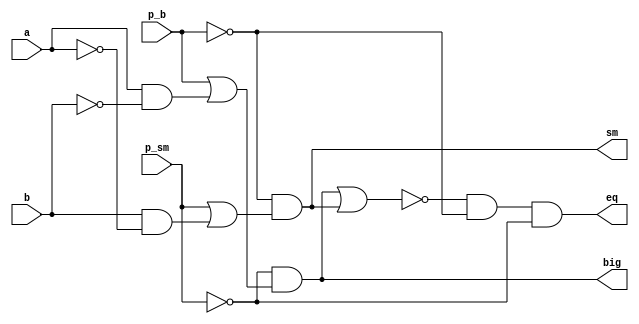
module comparator_1(a,b,p_b,p_sm, big,eq,sm);

	input a,b;
	input p_b,p_sm;
	output big,eq,sm;
	
	wire a_not,b_not,eq_tmp_1,eq_tmp_2,b_tmp_1,b_tmp_2,s_tmp_1,s_tmp_2;
	wire p_b_not, p_sm_not;
	
	not (p_b_not,p_b);
	not (p_sm_not,p_sm);
	
	not(a_not,a);
	not(b_not,b);
	
	and(b_tmp_1,a,b_not);
	or(b_tmp_2,p_b,b_tmp_1);
	and(big, p_sm_not,b_tmp_2);
	
	
	and(s_tmp_1,b,a_not);
	or(s_tmp_2,p_sm,s_tmp_1);
	and(sm,p_b_not,s_tmp_2);
	
	
	or(eq_tmp_1,big,sm);
	not(eq_tmp_2,eq_tmp_1);
	and(eq,eq_tmp_2,p_b_not,p_sm_not);

endmodule